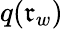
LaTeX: q(\mathfrak{r}_{w})